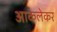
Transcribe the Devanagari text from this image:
आकलेकर